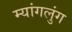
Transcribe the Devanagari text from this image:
म्यांगलुंग